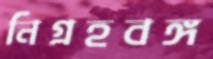
নিগ্রহবঙ্গ